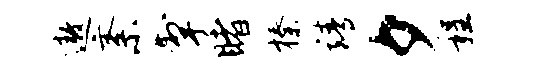
遨紊掣睹榛靖夕程